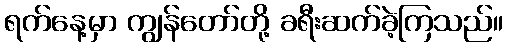
ရက်နေ့မှာ ကျွန်တော်တို့ ခရီးဆက်ခဲ့ကြသည်။